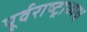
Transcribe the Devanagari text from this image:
पूर्वराष्ट्राध्यक्ष